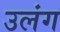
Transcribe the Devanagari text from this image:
उलंग